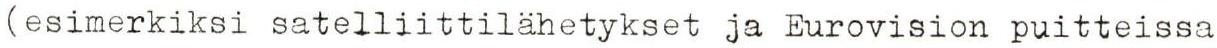
(esimerkiksi satelliittilähetykset ja Eurovision puitteissa